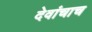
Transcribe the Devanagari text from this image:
देवांचाच